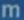
mm